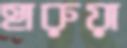
হারুয়া